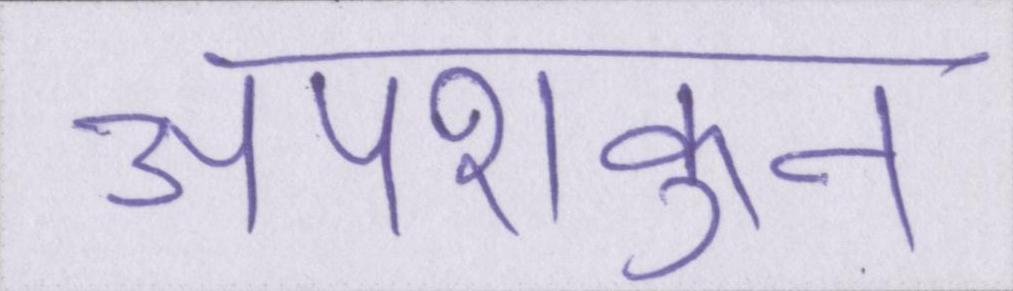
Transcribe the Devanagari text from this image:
अपशकुन